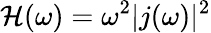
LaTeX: \mathcal{H}(\omega)=\omega^{2}\vert\textit{{j}}(\omega)\vert^{2}